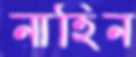
নাহিন